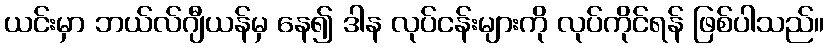
ယင်းမှာ ဘယ်လ်ဂျီယန်မှ နေ၍ ဒါန လုပ်ငန်းများကို လုပ်ကိုင်ရန် ဖြစ်ပါသည်။